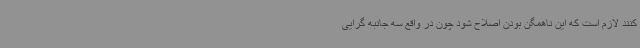
کنند لازم است که این ناهمگن بودن اصلاح شود چون در واقع سه جانبه گرایی